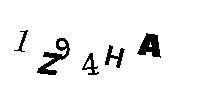
1Z94HA